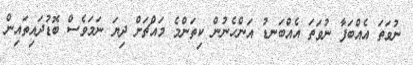
ނުވަތަ އެއްބަފާ ނުވަތަ އެއްބަނޑު އަންހެނުން ކިތަންމެ މައްޗަށް ދިޔަ ނަމަވެސް ބޮޑުދައިތައިން